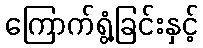
ကြောက်ရွံ့ခြင်းနှင့်